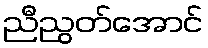
ညီညွတ်အောင်